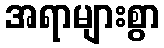
အရာများစွာ